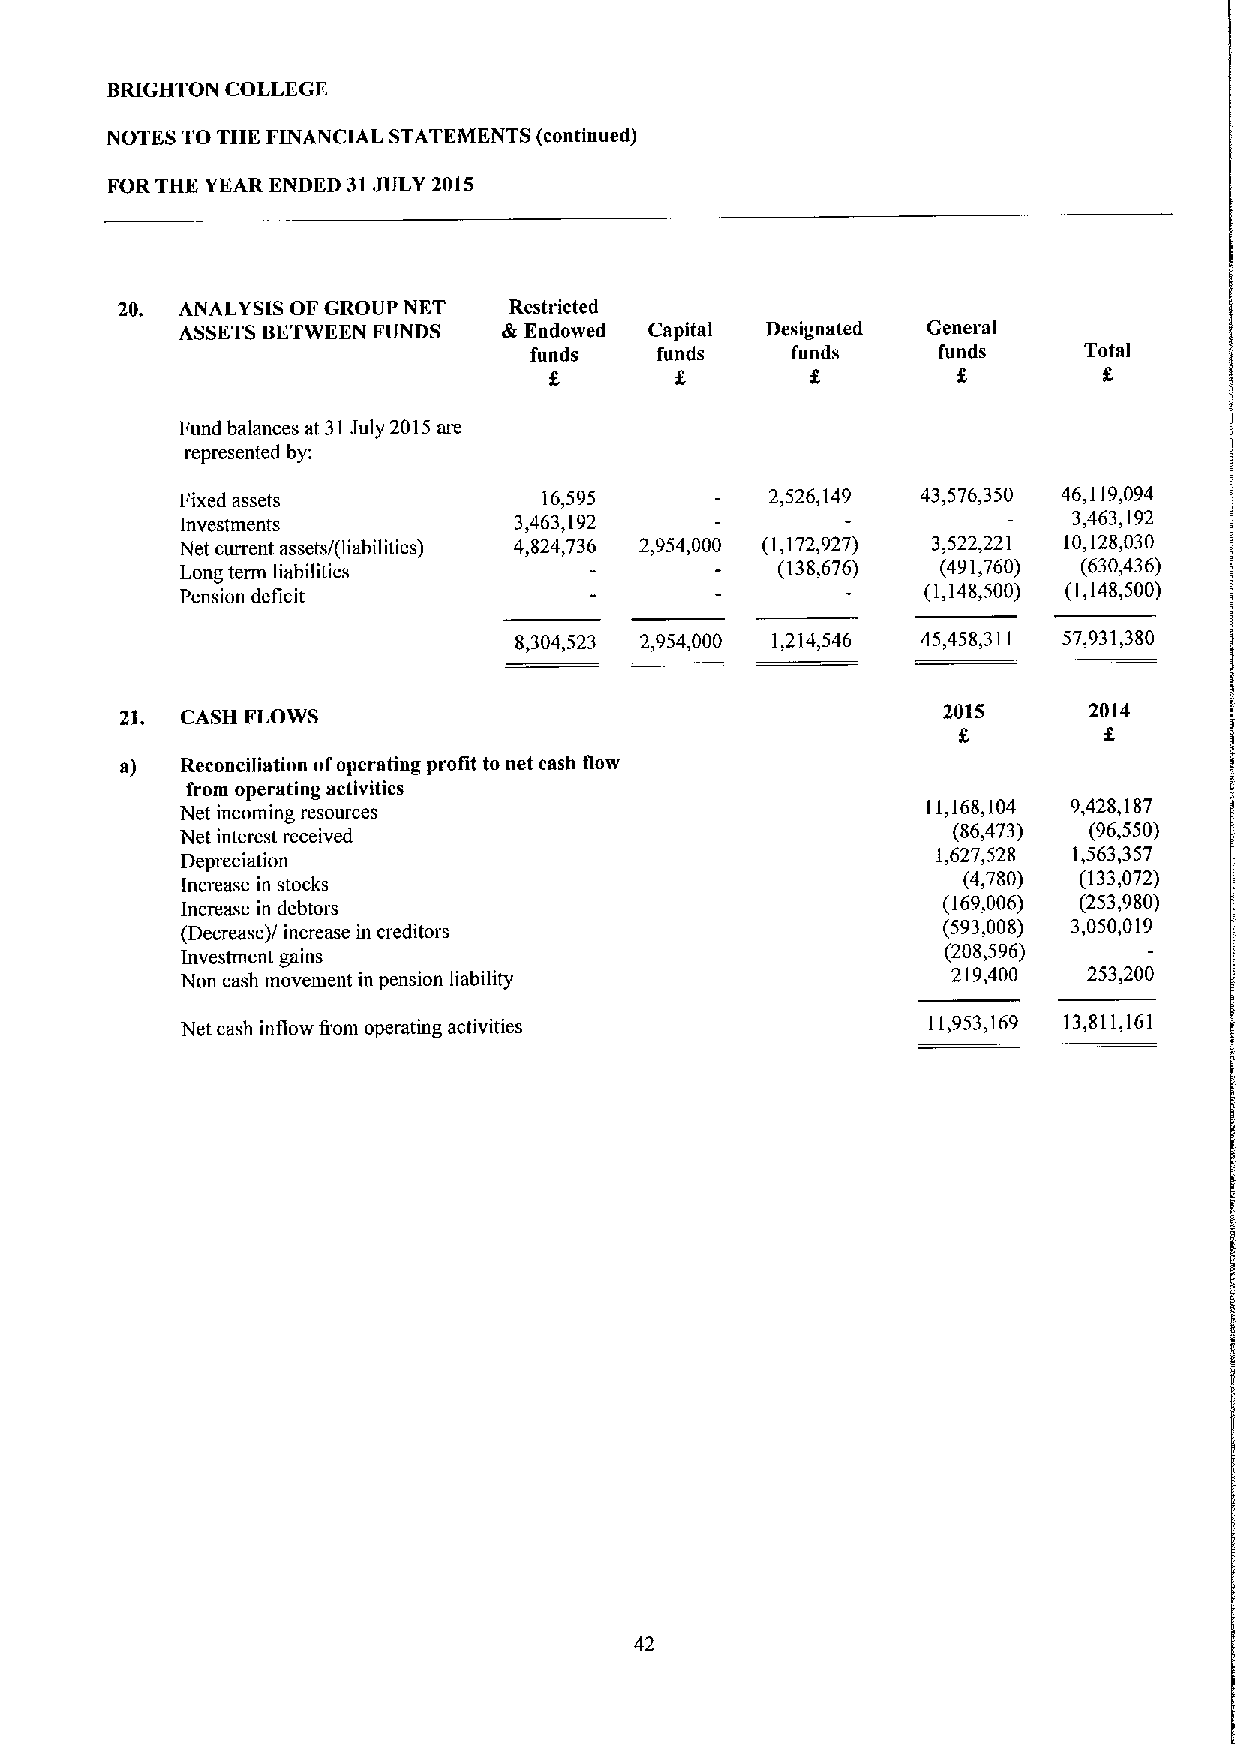
BRIGHTON COLLEGE
 NOTES TO THK FINANClAL STATEMENTS (continued)
 FORTHK YEAR ENDED 31JIJLY2015
 20. ANALYSIS OF GROUP NKT Restricted
 ASSETS BETWEEN FUNDS &Endowed  Capital Designated General
 funds   funds    funds     funds     Total
 f
 8                                    g
 Fund balances at 31July 2015are
 represented by:
 Fixed assets            16,595         2,526,149 43,576,350 46,1]9,094
 investments           3,463,192                            3,463,192
 Net current assets/(liabilities) 4,824,736 2,954,000 (1,172,927) 3,522,221 10,128,030
 Long term liabilities                  (138,676)  (491,760) (630,436)
 Pension deficit                                  (1,148,500) (1,148,500)
 8,304,523 2,954,000 1,214,546 45,458,311 57,931,380
 21. CASH FLOWS                                        2015      2014
 f
 a)  Reconciliation ofoperating profit to net cash flow
 froin operating activities
 Net incoming resources                           11,168,104 9,428,187
 Net interest received                              (86,473) (96,550)
 Depreciation
 1,627,528 1,563,357
 Increase in stocks                                  (4,780) (133,072)
 Increase in debtors                               (169,006) (253,980)
 (Decrease)/ increase in creditors                 (593,008) 3 050019
 Investment gains
 (208,596)
 Non cash movement in pension liability
 219,400  253,200
 Net cash inflow trom operating activities        11,953,169 13,811,161
 42